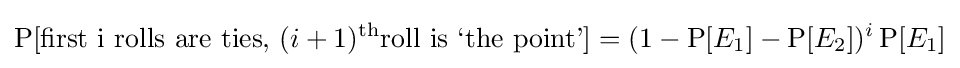
\operatorname {P} [{\text{first i rolls are ties, }}(i+1)^{\text{th}}{\text{roll is ‘the point’}}]=(1-\operatorname {P} [E_{1}]-\operatorname {P} [E_{2}])^{i}\operatorname {P} [E_{1}]